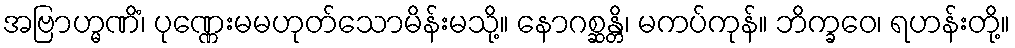
အဗြာဟ္မဏိံ၊ ပုဏ္ဏေးမမဟုတ်သောမိန်းမသို့။ နောဂစ္ဆန္တိ၊ မကပ်ကုန်။ ဘိက္ခဝေ၊ ရဟန်းတို့။